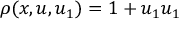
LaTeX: \rho ( x , u , u _ { 1 } ) = 1 + u _ { 1 } u _ { 1 }